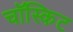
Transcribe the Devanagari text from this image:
चॉस्किट